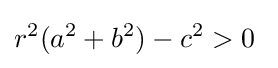
r^{2}(a^{2}+b^{2})-c^{2}>0\